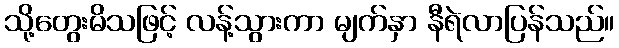
သို့တွေးမိသဖြင့် လန့်သွားကာ မျက်နှာ နီရဲလာပြန်သည်။